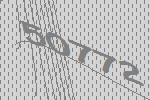
50772